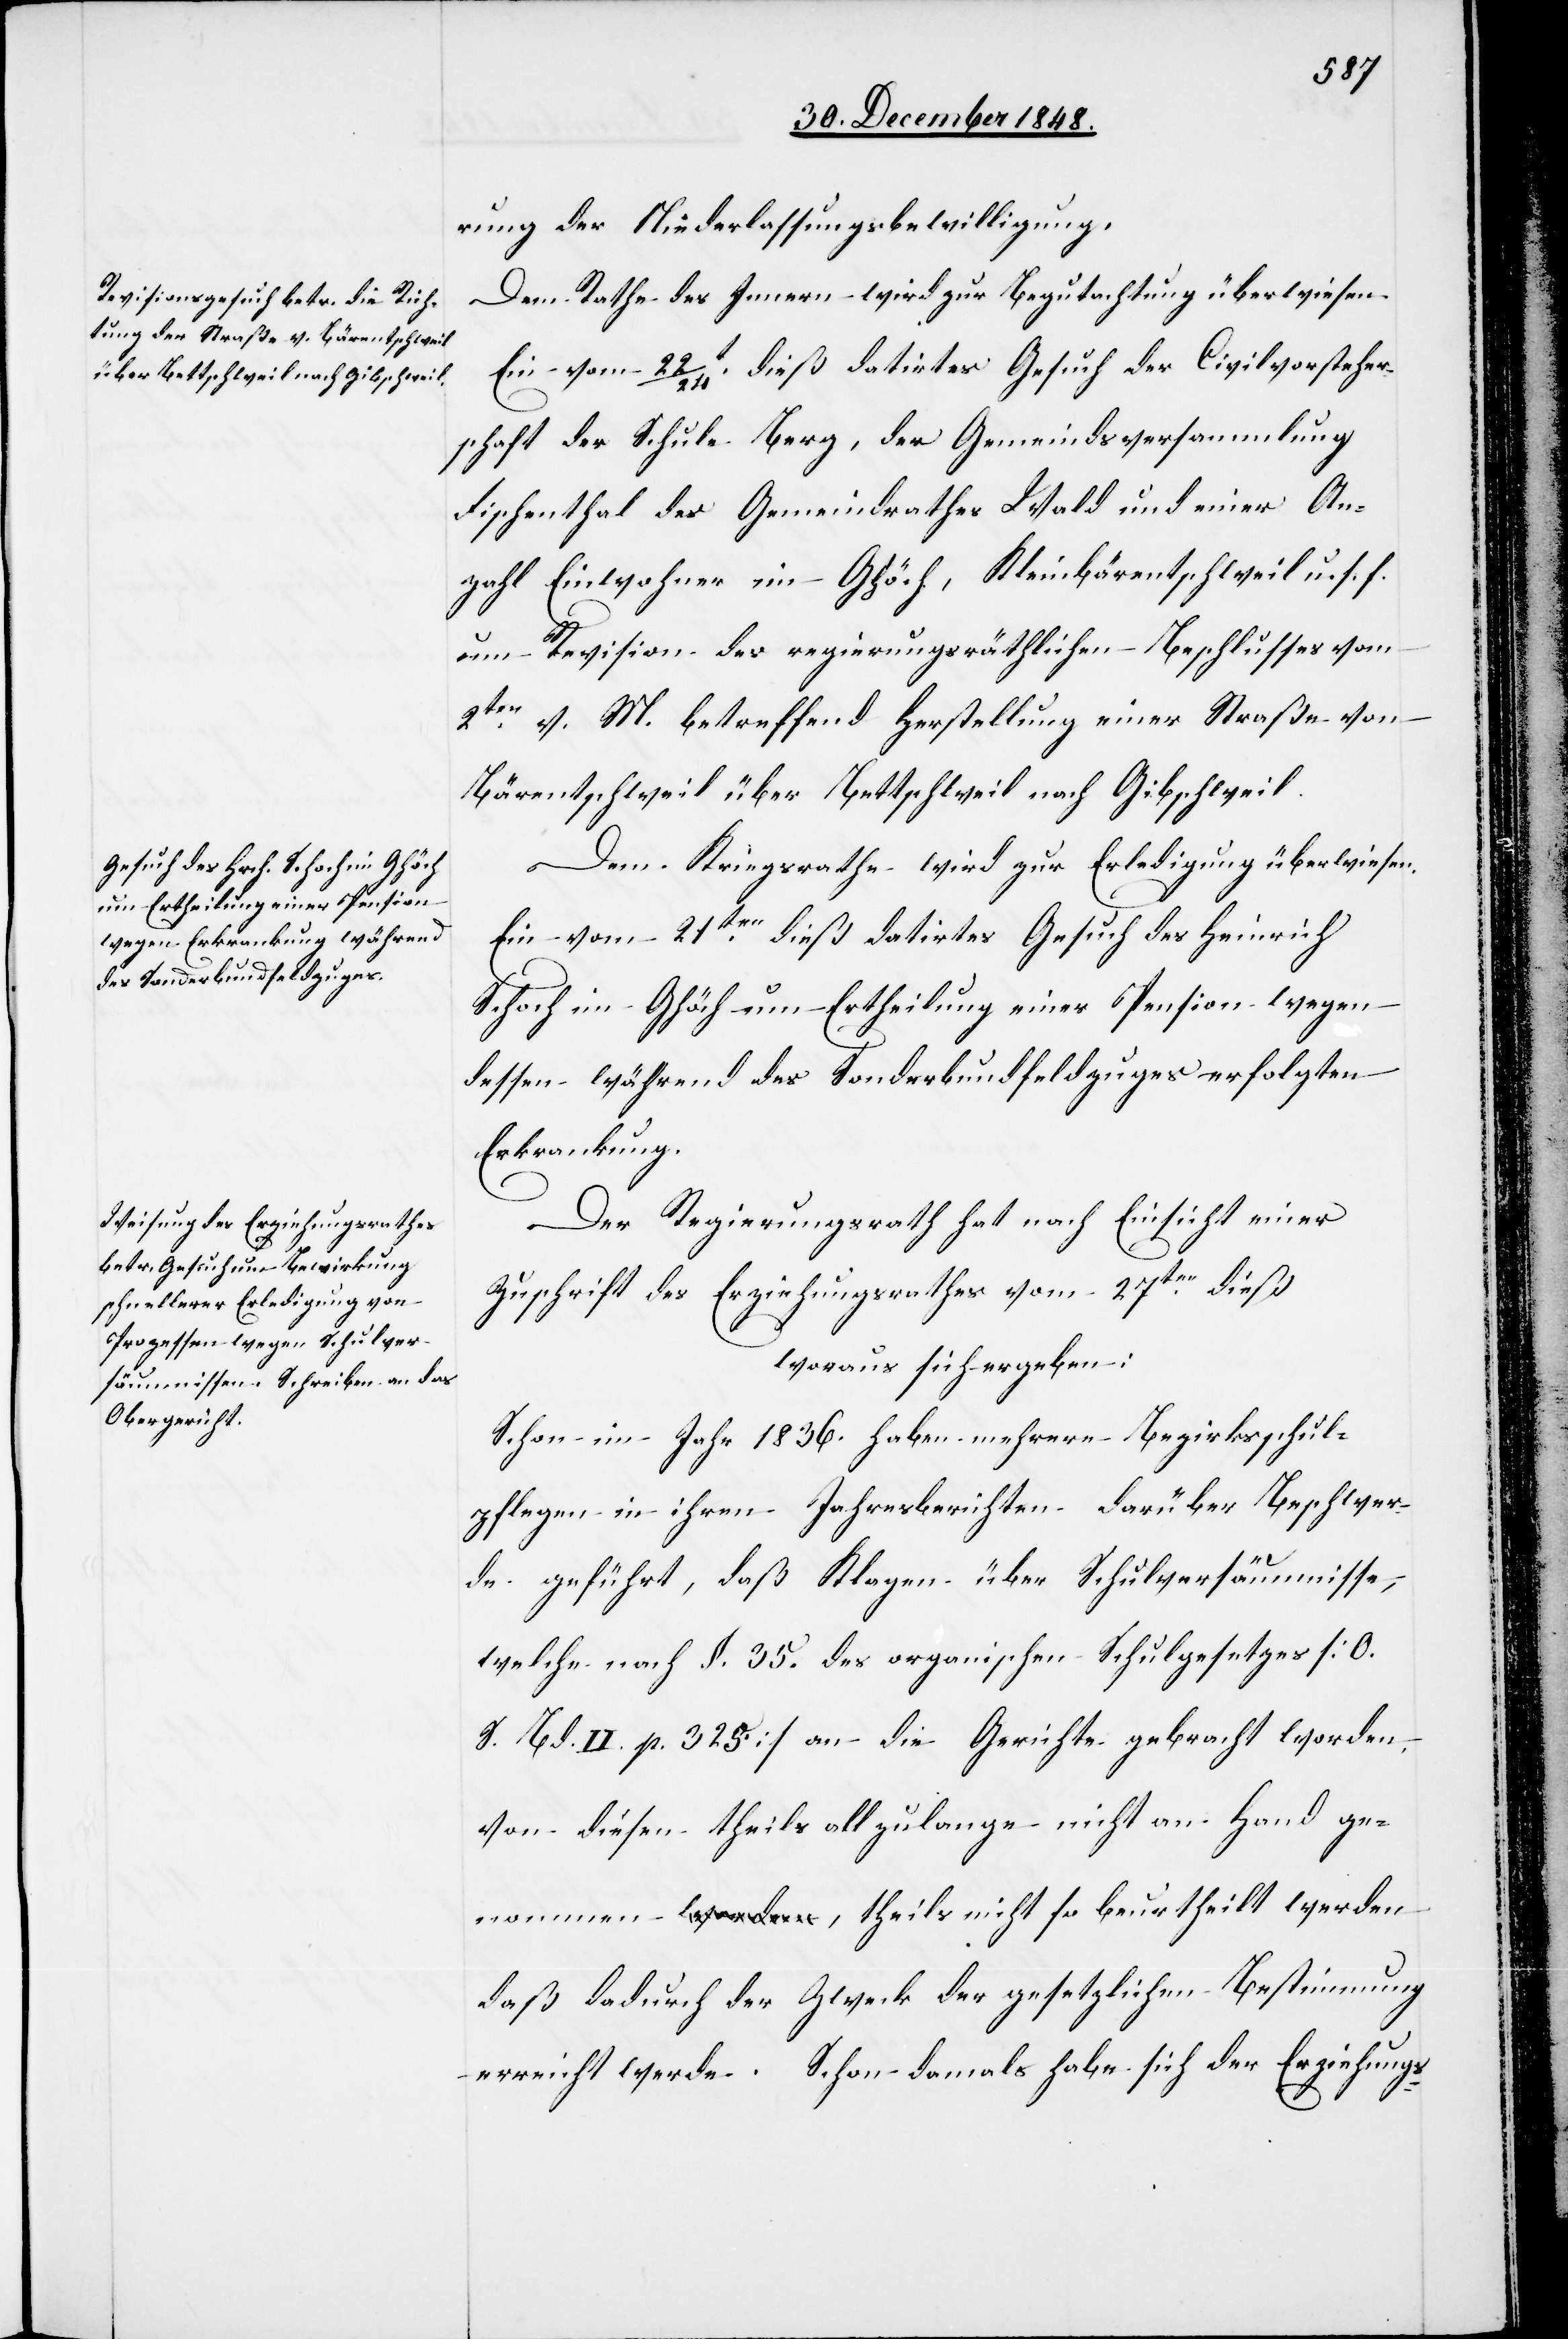
rung der Niederlassungsbewilligung.
Dem Rathes des Innern wird zur Begutachtung überwiesen.
Ein vom 22/24.t dieß datirtes Gesuch der Civilvorsteher¬
schaft der Schule Berg, der Gemeindsversammlung
Fischenthal des Gemeindrathes Wald und einer An¬
zahl Einwohner im Ghöch, Kleinbärentschweil u. s. f.
um Revision des regierungsräthlichen Beschlusses vom
2ten v. M. betreffend Herstellung einer Straße von
Bärentschweil über Bettschweil nach Gibschweil.
Dem Kriegsrathe wird zur Erledigung überwiesen:
Ein vom 21ten dieß datirtes Gesuch des Heinrich
Schoch im Ghöch um Ertheilung einer Pension wegen
dessen während des Sonderbundfeldzuges erfolgten
Erkrankung.